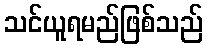
သင်ယူရမည်ဖြစ်သည်